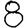
Digit: 8